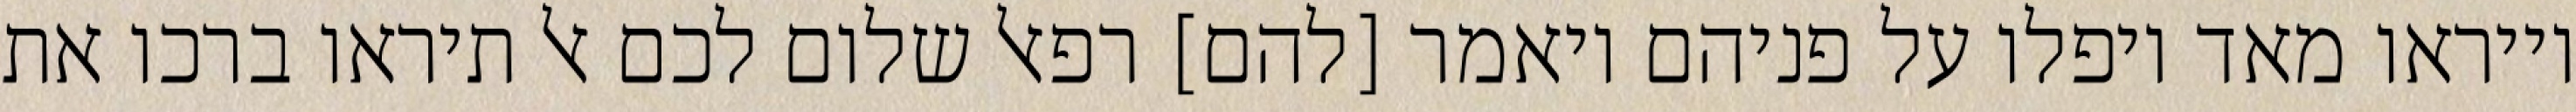
וייראו מאד ויפלו על פניהם ויאמר [להם] רפאל שלום לכם אל תיראו ברכו את